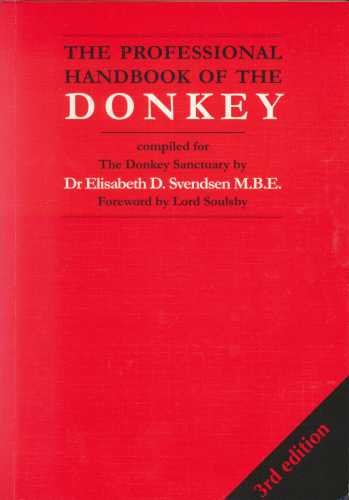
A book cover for The Professional Handbook of the Donkey (Donkeys); Elisabeth D. Svendsen; Medical Books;